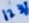
Text: 123V